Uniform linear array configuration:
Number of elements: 8
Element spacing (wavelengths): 0.75
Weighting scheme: kaiser
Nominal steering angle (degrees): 15
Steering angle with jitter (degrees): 13.618
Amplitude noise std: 0.05
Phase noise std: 0.05

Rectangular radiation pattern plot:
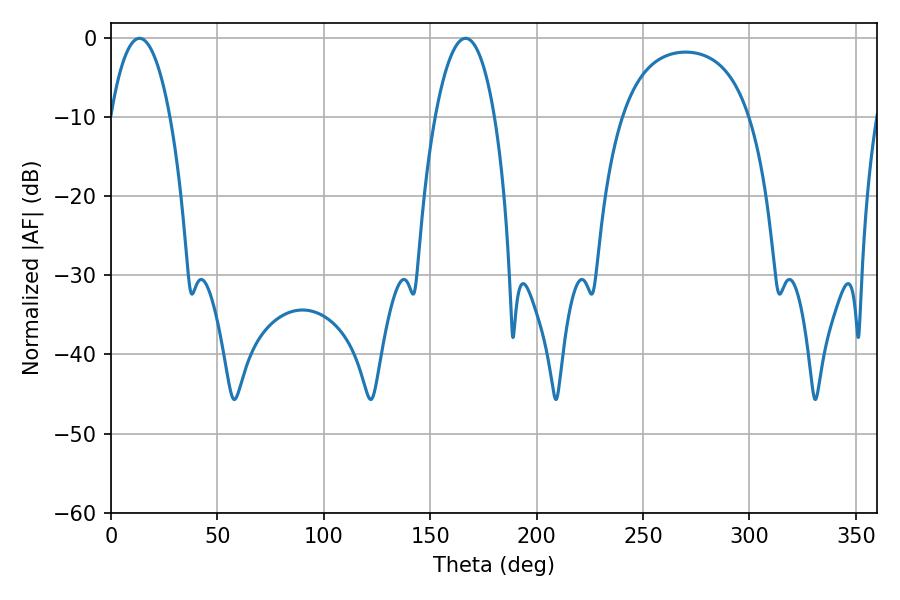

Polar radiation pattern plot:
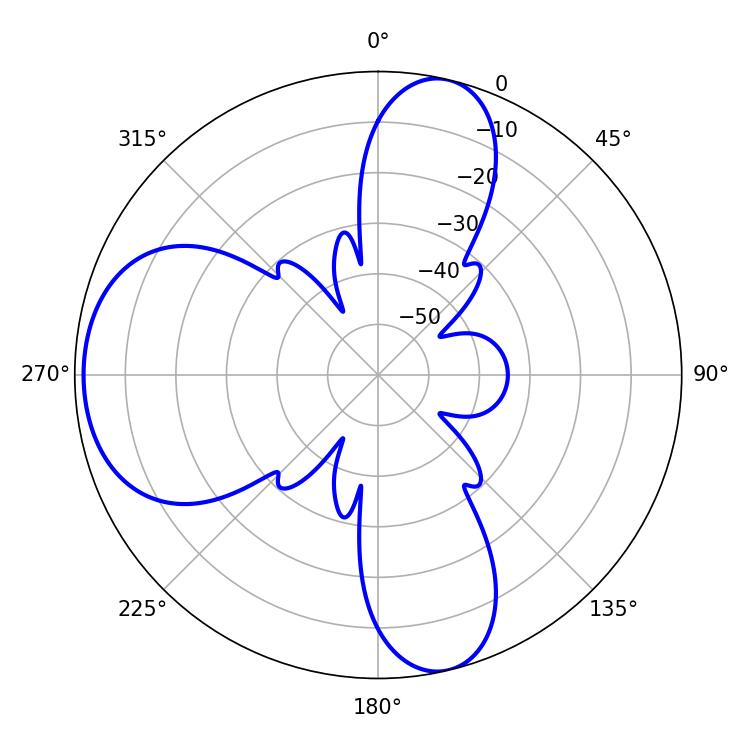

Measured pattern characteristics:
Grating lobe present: TRUE
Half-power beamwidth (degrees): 15.48
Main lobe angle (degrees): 13.32